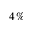
4 \, \%